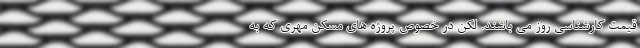
قیمت کارشناسی روز می باشند. لکن در خصوص پروژه های مسکن مهری که به